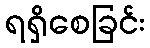
ရရှိစေခြင်း